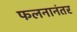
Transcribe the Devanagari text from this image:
फलनानंतर